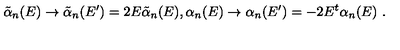
\tilde { \alpha } _ { n } ( E ) \rightarrow \tilde { \alpha } _ { n } ( E ^ { \prime } ) = 2 E \tilde { \alpha } _ { n } ( E ) , \alpha _ { n } ( E ) \rightarrow \alpha _ { n } ( E ^ { \prime } ) = - 2 E ^ { t } \alpha _ { n } ( E ) \ .